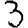
Digit: 3